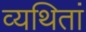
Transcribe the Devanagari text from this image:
व्यथितां